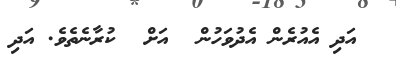
އަދި އެއުރެން އެދުވަހުން  އަށް  ކުރާނެތެވެ. އަދި